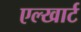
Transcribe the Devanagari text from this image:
एल्खार्ट